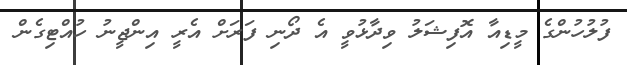
ފުލުހުންގެ މީޑިއާ އޮފިޝަލު ވިދާޅުވީ އެ ދޯނި ފަރަށް އެރީ އިންޖީނު ހުއްޓިގެން